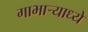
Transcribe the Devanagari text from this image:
गाभाऱ्याध्ये